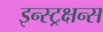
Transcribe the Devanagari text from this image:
इन्स्ट्रक्षन्स